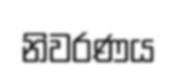
නිවරණය